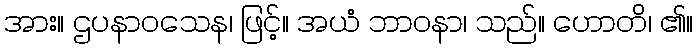
အား။ ဌပနာဝသေန၊ ဖြင့်။ အယံ ဘာဝနာ၊ သည်။ ဟောတိ၊ ၏။